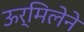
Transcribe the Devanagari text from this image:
ऊर्मिलेने